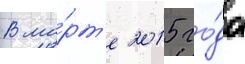
В ма́рт'е 2015 го́да